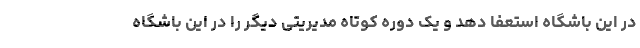
در این باشگاه استعفا دهد و یک دوره کوتاه مدیریتی دیگر را در این باشگاه